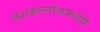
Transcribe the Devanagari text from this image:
संशकल्लोळमध्येही